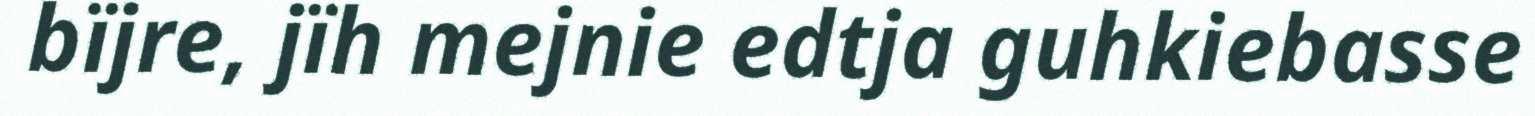
bïjre, jïh mejnie edtja guhkiebasse